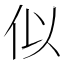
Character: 似